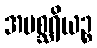
အမစ္ဆရိယဉ္စ